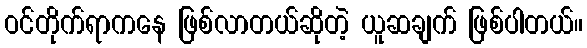
ဝင်တိုက်ရာကနေ ဖြစ်လာတယ်ဆိုတဲ့ ယူဆချက် ဖြစ်ပါတယ်။